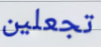
تجعلين